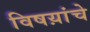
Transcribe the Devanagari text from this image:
विषय़ांचे